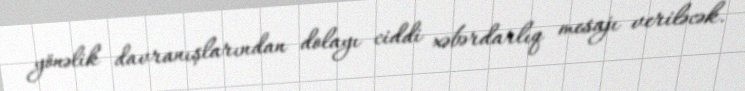
yönəlik davranışlarından dolayı ciddi xəbərdarlıq mesajı veriləcək.